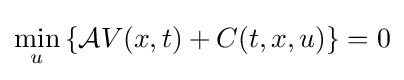
\min _{u}\left\{{\mathcal {A}}V(x,t)+C(t,x,u)\right\}=0